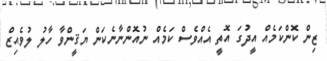
ޒިން ކޮންކަމެއް އީދުގަ އޮތީ އެއްވެސް ކަމެއް ނުއޮންނާނެކަން ޔަޤީންވާ ހާލު ލުވެއިޒް